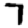
Digit: 7